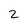
Character: 2